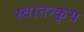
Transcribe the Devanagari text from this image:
स्वातन्कृय